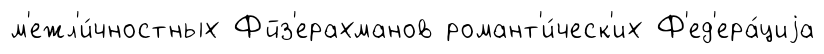
м'ежл'и́чностных Фйз'ерахманов романт'и́ческ'их Ф'ед'ера́циjа